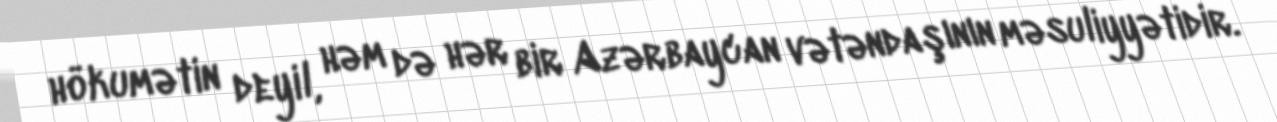
hökumətin deyil, həm də hər bir Azərbaycan vətəndaşının məsuliyyətidir.